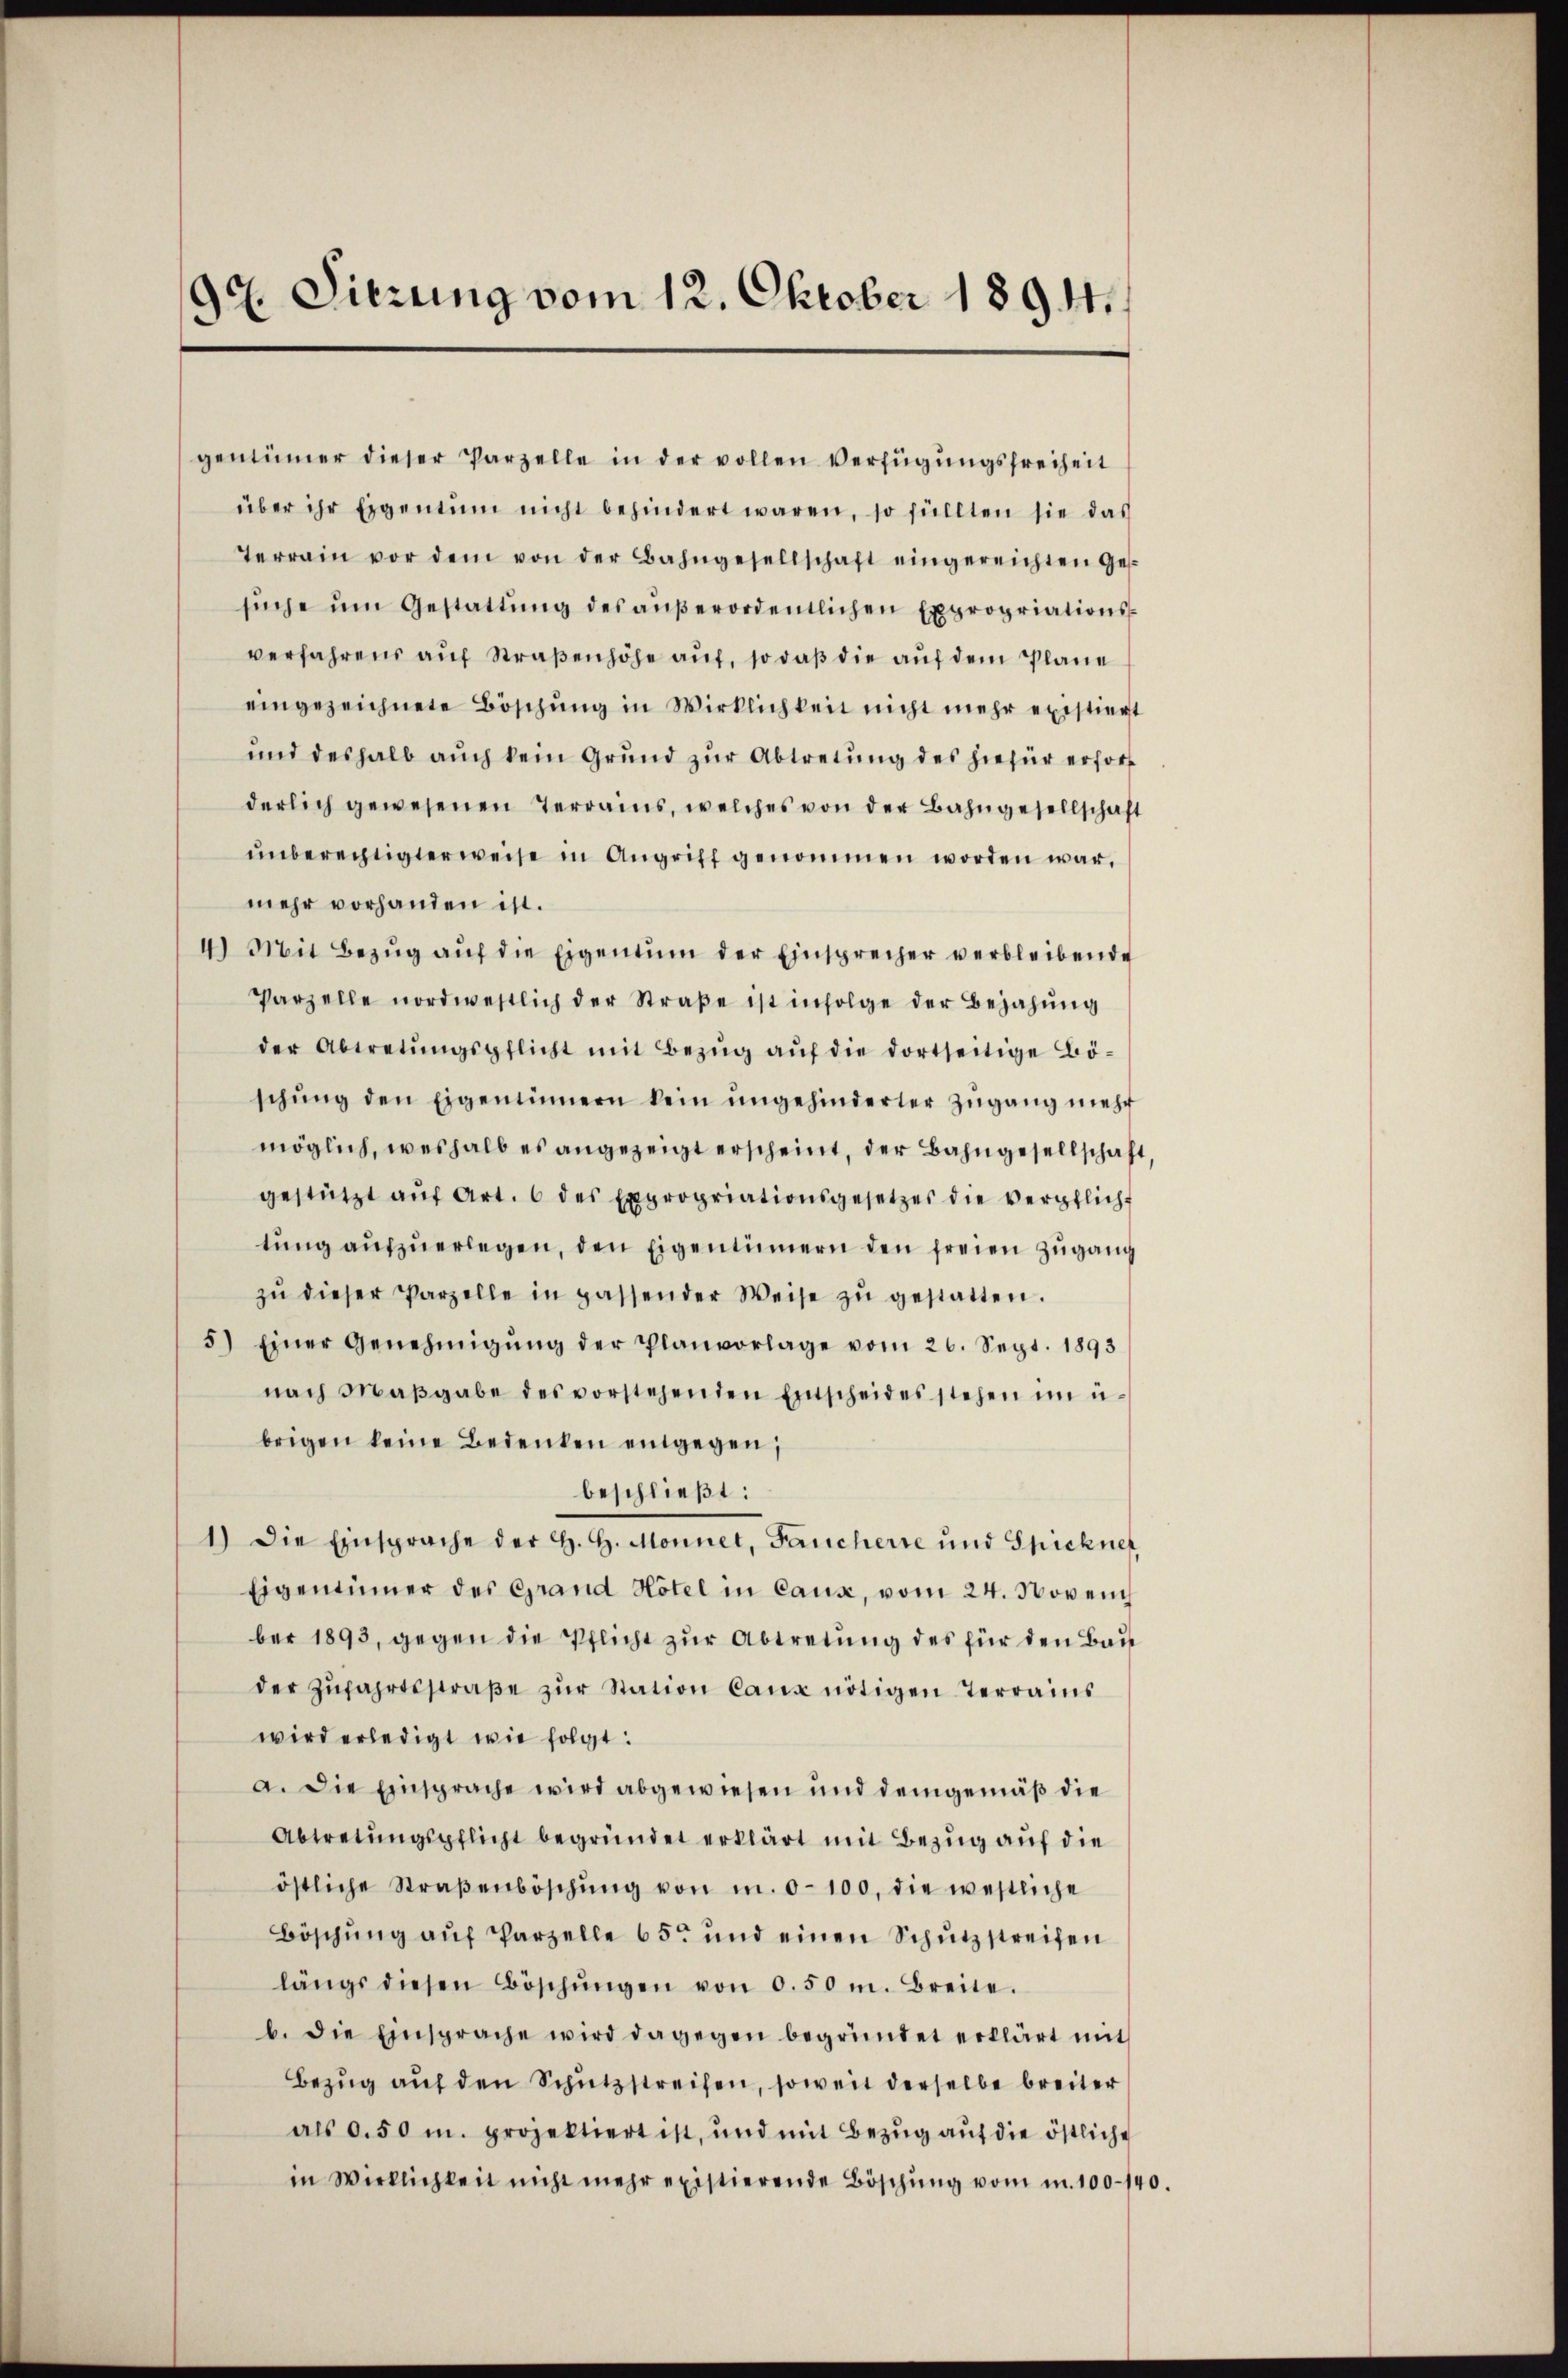
9t. Sierung vom 12. Oktober 1894.

gentümer dieser Parzelle in der vollen Verfügŭngsfreiheit
über ihr Eigentum nicht behindert waren, so füllten sie das
Terrain vor dem von der Bahngesellschaft eingereichten Ges
sŭche ŭm Gestattŭng des aŭβerordentlichen Expropriationsverfahrens auf Straßenhöhe auf, so daß die auf dem Plane
eingezeichnete Böschŭng in Wirklichkeit nicht mehr existiert
und deshalb auch kein Grund zŭr Abtretung des hiefür erford
derlich gewesenen Terrains, welches von der Bahngesellschaft
unberechtigterweise in Angriff genommen worden war,
mehr vorhanden ist.
4.) Mit Bezŭg aŭf die Eigentum der Einsprecher verbleibende
Parzelle nordwestlich der Straße ist infolge der Bejahung
der Abtretŭngspflicht mit Bezug auf die dortseitige Böschŭng den Eigentümern kein ungehinderter Zŭgang mehr
möglich, weshalb es angezeigt erscheint, der Bahngesellschaft,
gestützt aŭf Art. 6 des Expropriationsgesetzes die verpflicht
tŭng aŭfzŭerlegen, den Eigentümern den freien Zugang
zŭ dieser Parzelle in passender Weise zŭ gestatten.
5) Einer Genehmigŭng der Planvorlage vom 26. Sept. 1893
nach Maβgabe des vorstehenden Einscheides stehen im ü
brigen keine Bedenken entgegen;
beschließt:
1.) Die Einsprache der H. H. Monnet, Fancherre und Spicknet
Eigentümer des Grand Hotel in Caux, vom 24. Novem
ber 1893, gegen die Pflicht zur Abtretung des für den Bau
der Zŭfahrtsstraβe zŭr Station Canx nötigen Terrains
wird erledigt wie folgt:
a. Die Einsprache wird abgewiesen und demgemäß die
Abtretungspflicht begründet erklärt mit Bezug auf die
östliche Straβenböschŭng von m. 0-100, die westliche
Böschŭng aŭf Parzelle 65. und einen Schŭtzstreifen
längs diesen Böschŭngen von 0.50 m. Breite.
b. die Einsprache wird dagegen begründet erklärt mit
Bezŭg aŭf den Schutzstreifen, soweit derselbe breiter
als 0.50 m. projektiert ist, und mit Bezŭg aŭf die östliche
in Wirklichkeit nicht mehr existierende Böschŭng vom m. 100-140.